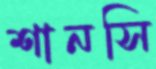
শানসি